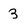
Character: 3